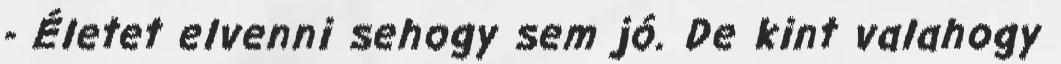
- Életet elvenni sehogy sem jó. De kint valahogy